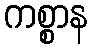
ကစ္စာန